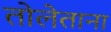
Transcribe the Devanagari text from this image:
तोलेताना